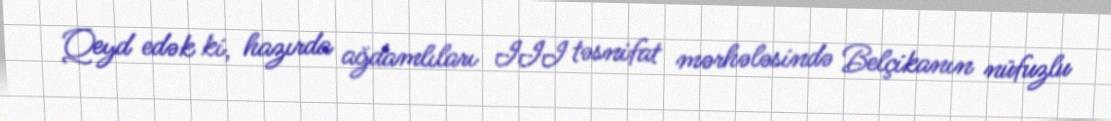
Qeyd edək ki, hazırda ağdamlıları III təsnifat mərhələsində Belçikanın nüfuzlu